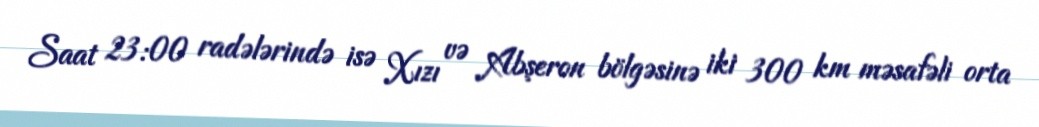
Saat 23:00 radələrində isə Xızı və Abşeron bölgəsinə iki 300 km məsafəli orta